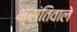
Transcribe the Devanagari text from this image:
भ्रांतिवाले